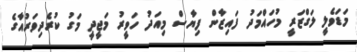
މަޑަވެލީ ލަގްޒަރީ މުހައްމަދު ފައިޒާން ފިޔާސް މިއަދު ހަވީރު މަޖީދީ މަގު ކުރެދިވަރުއާގެ